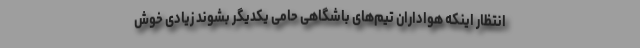
انتظار اینکه هواداران تیم‌های باشگاهی حامی یکدیگر بشوند زیادی خوش